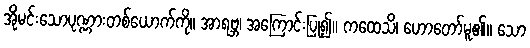
အိုမင်းသောပုဏ္ဏားတစ်ယောက်ကို။ အာရဗ္ဘ၊ အကြောင်းပြု၍။ ကထေသိ၊ ဟောတော်မူ၏။ သော